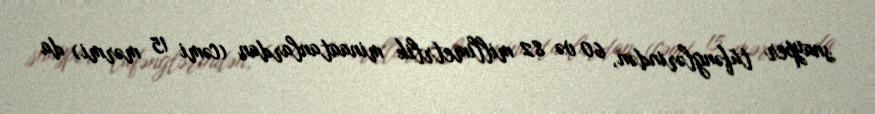
snayper tüfənglərindən, 60 və 82 millimetrlik minaatanlardan (cəmi 15 mərmi) da